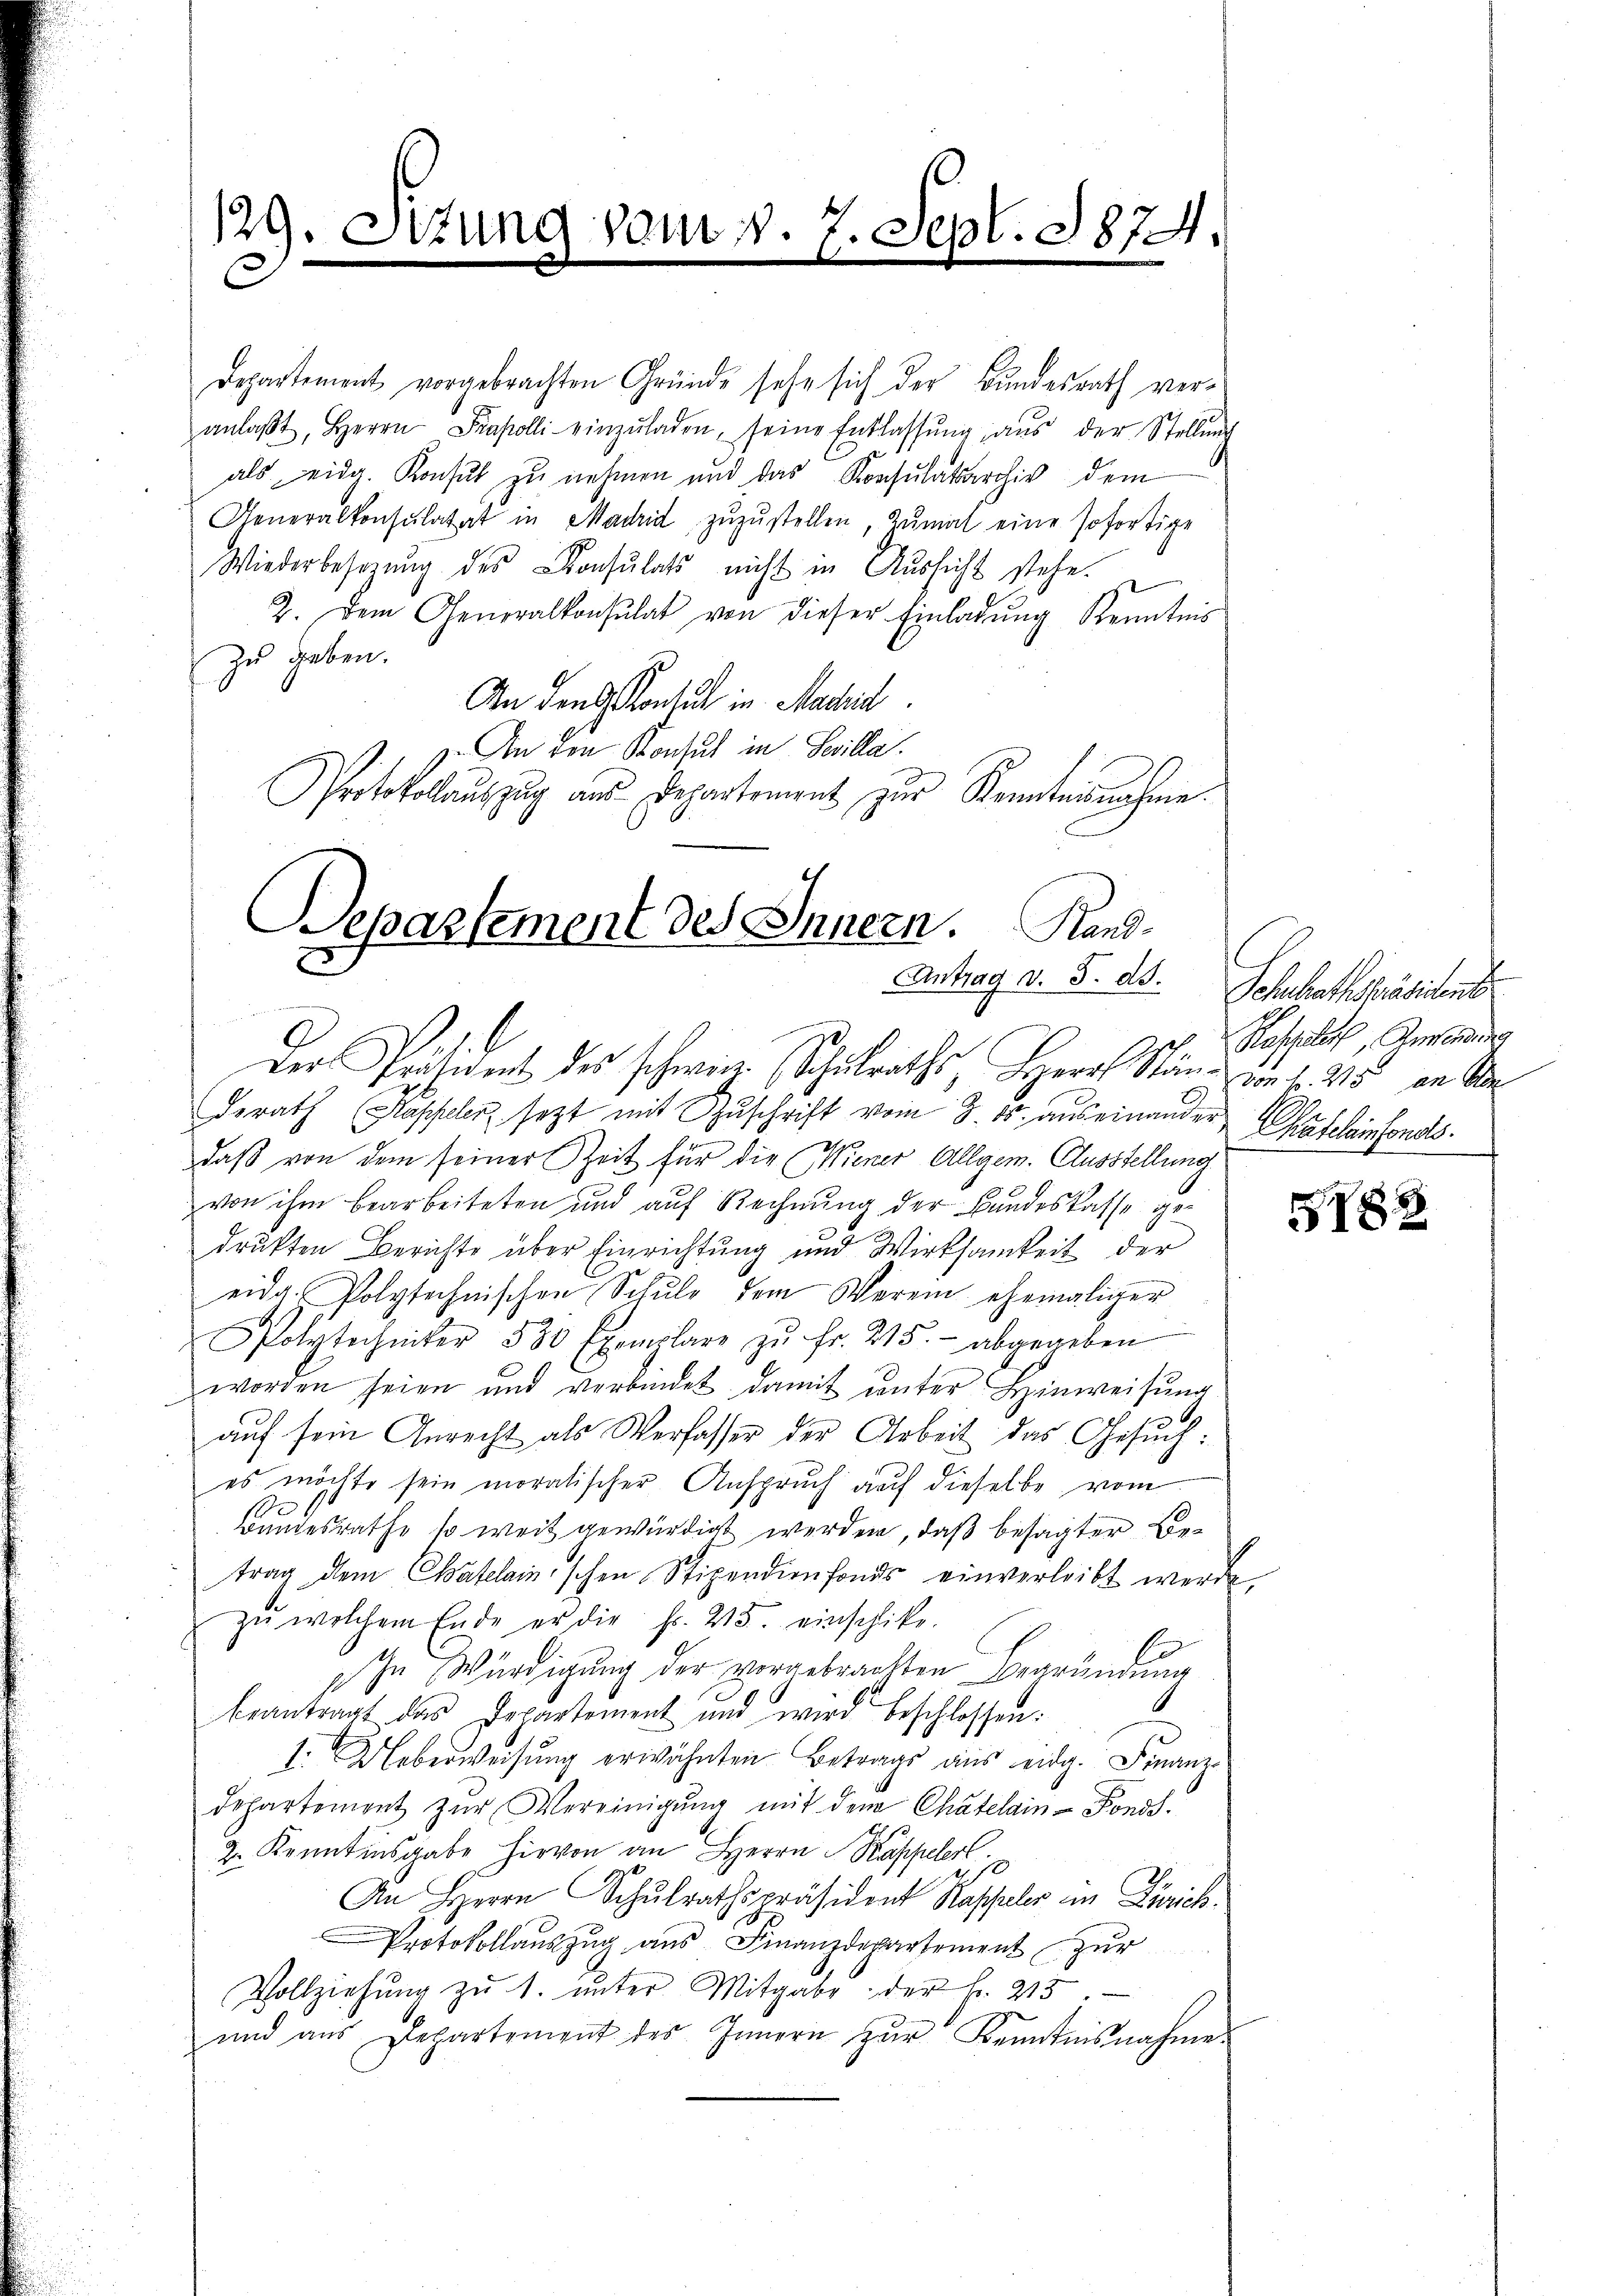
129. Sezun
C

vami v. 7. Sept. 1874.
e

Departement vorgebrachten Gründe sehe sich der Bundesrath veranlaβt, Herrn Prakolli einzŭladen, seine Entlassŭng aus der Stellung
9
als eidg. Konsul zu nehmen und das Konsulatsarchiv dem
Generalkonsulatat in Madrid zŭzŭstellen, zumal eine sofortige
Wiederbesitzŭng des Consulats nicht in Aŭssicht stehe.
2. Dem Generalkonsulat von dieser Einladŭng Kenntnis
Zu geben.
An Land Konsul in Machil
9. Von den Konsul in Sevilla.
Protokollauszug aus Departement zŭr Kenntnisnahme.

Departement des Innern. Hand¬
Antrag v. 5. ds.
C
der Präsident des schwie Schulraths, Herr Stand von 215 an Sr

derath (Kappeler setzt mit Zŭschrift vom 3. ds. auseinander Cafelenfondsdaß von dem seiner Zeit für die (Wiener Allgem. Ausstellung
von ihm bearbeiteten und auf Rechnung der Bandeskasse gedrukten Berichte über Einrichtung und Wirksamkeit der
eidg. Polytechnischen Schule dem Verein ehemaliger
Polytechniter 580 Exemplare zŭ fr. 215.- abgegeben
worden seien und verbindet damit unter Hinweisung
aŭf sein Anrecht als Verfasser der Arbeit das Gesuch:
es möchte sein moralischer Anspruch auf dieselbe vom
Bandesrathe so weit gewürdigt werden, daß besagter Betrag dem Chatelainischen Stipendienfonds einverleibt werde.
zŭ welchem Ende er die fr. 215. einschike.
ihn Würdigung der vorgebrachten Begründung
1
beantragt das Departement und wird beschlossen:
1. Ueberweisŭng erwähnten Betrags aus eidg. Finanz-
departement zŭr Vereinigŭng mit dem Chatelain-Fonds.
2. Kenntinsgabe hievon an Herrn Kappelerl
An Herrn Schulrathspräsident Kappeler im Zürich
Protokollauszug aus Finanzdepartement zur
Vollziehŭng zŭ 1. ŭnter Mitgabe der Fr. 215.
und aus Departement des Innern zur Kenntnisnahme.

Schulrathspräsident
Raspeler, Gusendung
E

V82